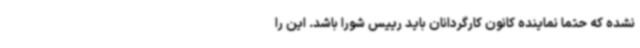
نشده که حتما نماینده کانون کارگردانان باید رییس شورا باشد. این را